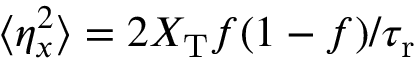
\langle \eta _ { x } ^ { 2 } \rangle = 2 X _ { \mathrm { T } } f ( 1 - f ) / { \tau _ { \mathrm { r } } }